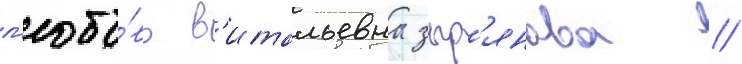
л'юбо́вь в'итальевна зыр'янова //